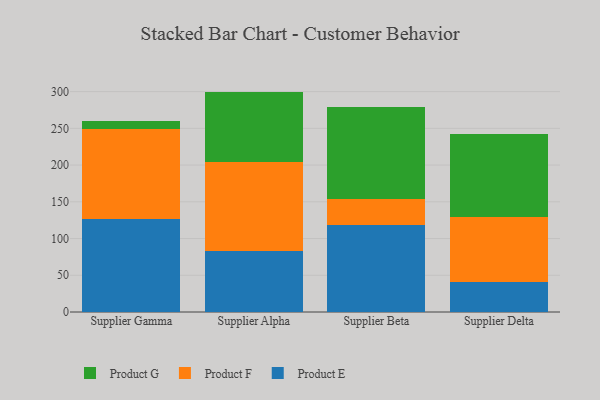
{"axis": {"x": "Supplier", "y": "Energy Usage (MWh)"}, "legend": ["Product E", "Product F", "Product G"], "data": [{"x": "Supplier Gamma", "y": 127.2, "type": "Product E"}, {"x": "Supplier Gamma", "y": 121.4, "type": "Product F"}, {"x": "Supplier Gamma", "y": 11.0, "type": "Product G"}, {"x": "Supplier Alpha", "y": 83.3, "type": "Product E"}, {"x": "Supplier Alpha", "y": 121.5, "type": "Product F"}, {"x": "Supplier Alpha", "y": 95.2, "type": "Product G"}, {"x": "Supplier Beta", "y": 118.7, "type": "Product E"}, {"x": "Supplier Beta", "y": 35.7, "type": "Product F"}, {"x": "Supplier Beta", "y": 124.6, "type": "Product G"}, {"x": "Supplier Delta", "y": 41.2, "type": "Product E"}, {"x": "Supplier Delta", "y": 87.9, "type": "Product F"}, {"x": "Supplier Delta", "y": 113.0, "type": "Product G"}]}